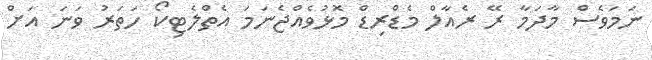
ނަމަވެސް މާދަމާ ރޭ ރެއާލް މެޑްރިޑް މޮޅުވެއްޖެނަމަ އެތްލެޓިކޯ ހަތަރު ވަނަ އަށް